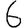
Digit: 6